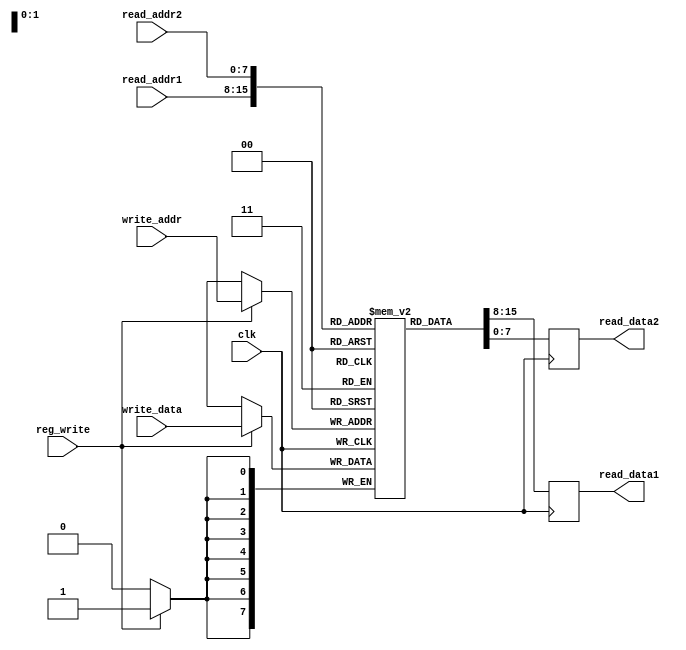
module register_file(
    input wire [7:0] read_addr1,
    input wire [7:0] read_addr2,
    input wire [7:0] write_addr,
    input wire [7:0] write_data,
    input wire reg_write,
    input wire clk,
    output reg [7:0] read_data1,
    output reg [7:0] read_data2
);

reg [7:0] registers [0:255];

always @(posedge clk) begin
    if(reg_write) begin
        registers[write_addr] <= write_data;
    end
    read_data1 <= registers[read_addr1];
    read_data2 <= registers[read_addr2];
end

endmodule